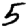
Digit: 5